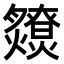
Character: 𤒧